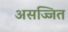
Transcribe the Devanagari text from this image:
असज्जित